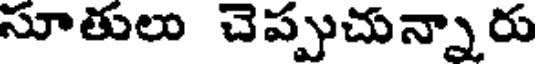
సూతులు చెప్పుచున్నారు